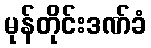
မုန်တိုင်းဒဏ်ခံ